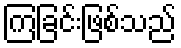
ကြခြင်းဖြစ်သည်